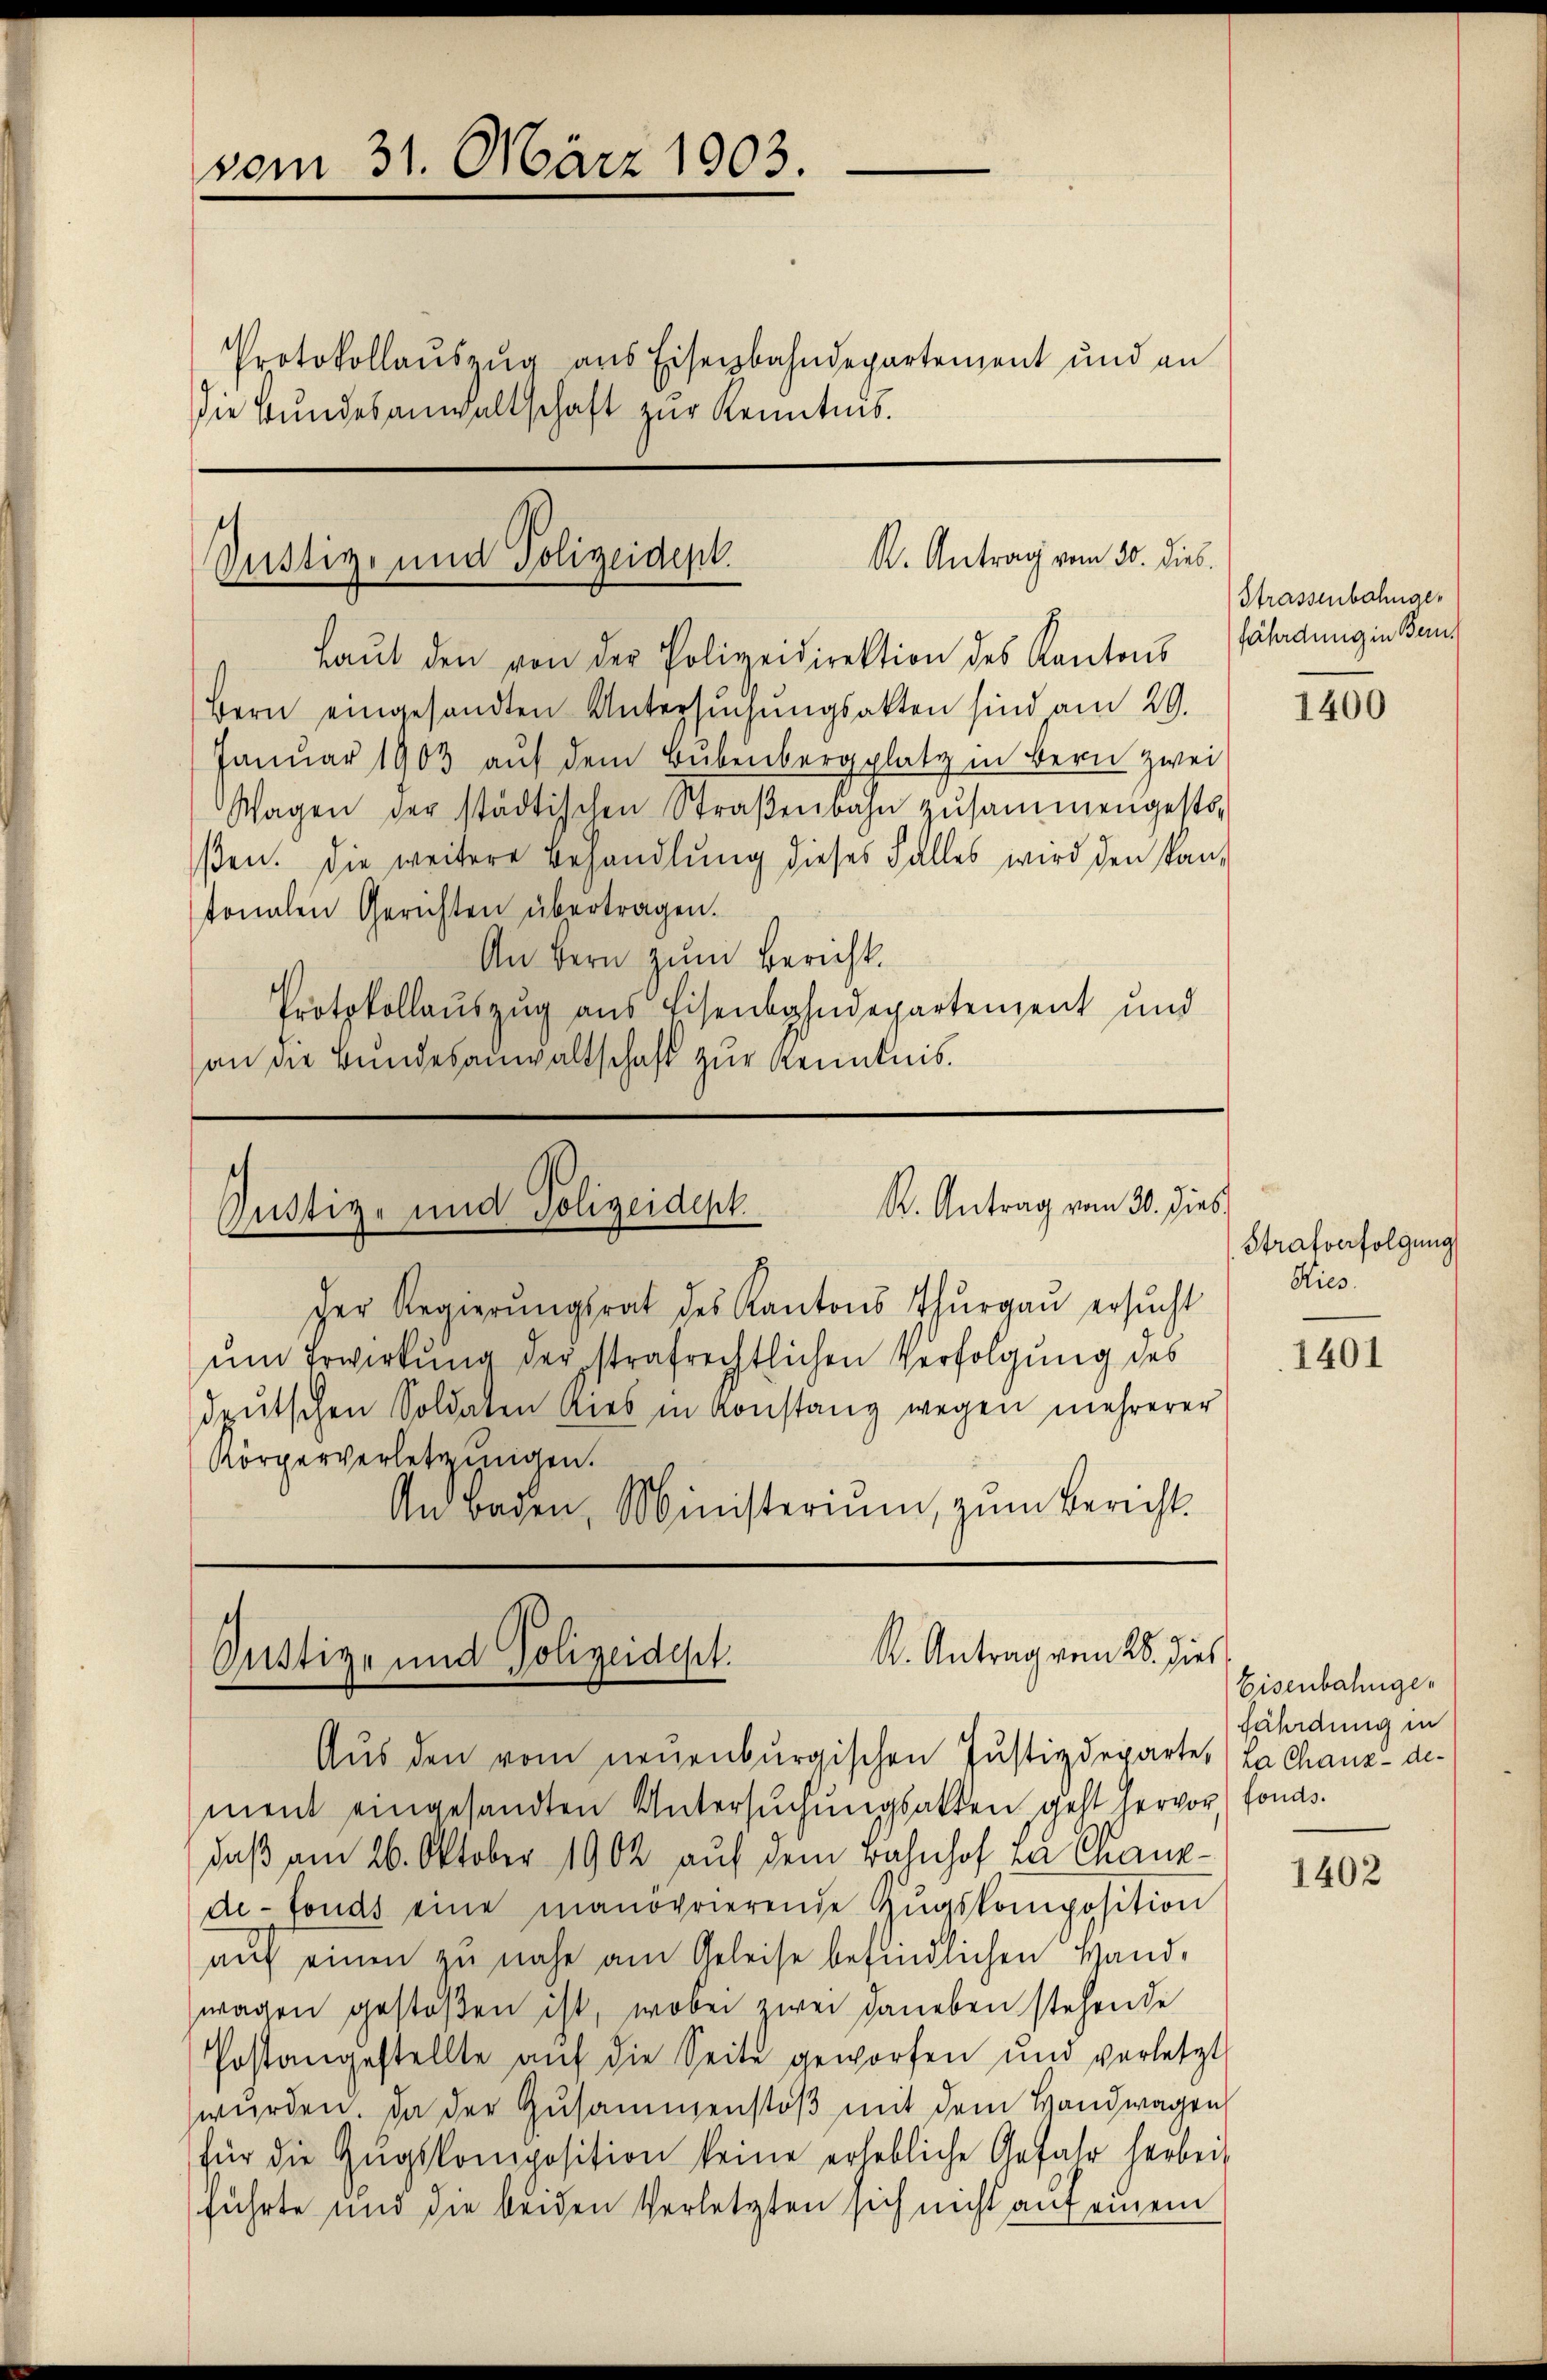
vom 31. März 1903.
.
Protokollauszug aus Eisenbahndepartement und an
die Bundesanwaltschaft zur Kenntnis.

R. Antrag vom 30. Dieb.
Justiz- und Polizeident.
Laŭt den von der Polizeidirektion des Kantons fährdung in Be¬

Bern eingesandten Untersŭchŭngsakten sind am 29.
Januar 1903 auf dem Bubenbergplatz in Bern zwei
Wagen der städtischen Straβenbahn zusammengesto-
ßen. Die weitere Behandlŭng dieses Falles wird den kan-
tonalen Gerichten übertragen.
An bern zum Bericht.
Protokollauszug aus Eisenbahndepartenzent und
an die Bundesanwaltschaft zur Kenntnis.

.
R. Antrag vom 30. hies.
Justiz- und Polizeident

Der Regierŭngsrat des Kantons Thurgau ersŭcht
ŭm Erwirkung der strafrechtlichen Verfolgung des
deutschen Soldaten lieb in Konstanz wegen mehrerer
Körperverletzungen.
An Baden, Ministerium, zum Bericht.

K. Antrag von 28. dies
Justiz- und Polizeidept.

Aus den vom neuenburgischen Justizdeparte. La chanz-de-
ment eingesandten Untersuchungsakten geht hervor, fonds.
daß am 26. Oktober 1902, auf dem Bahnhof La Chaux-
de-fonds eine manöprierende Zŭgskomposition
aŭf einen zu nahe am Geleise befindlichen Hand-
wagen gestoßen ist, wobei zwei daneben stehende
Postangestellte aŭf die Seite geworfen und vorletzt
würden. Da der Zusammenstöβ mit dem Handwagen
für die Zŭgskomposition keine erhebliche Gefahr herbei
führte und die beiden Verletzten sich nicht auf einem

Strassenbahnge¬

Strafverfolgung
Kies.

1400

1401

Eisenbahngefährdung in

1402